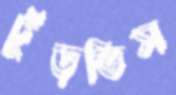
ঢুঁড়তিস